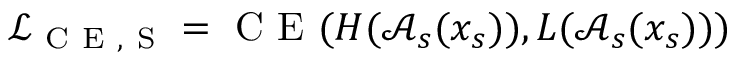
\mathcal { L } _ { \mathrm { ~ C ~ E ~ , ~ S ~ } } = \mathrm { ~ C ~ E ~ } ( H ( \mathcal { A } _ { s } ( x _ { s } ) ) , L ( \mathcal { A } _ { s } ( x _ { s } ) ) )